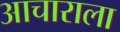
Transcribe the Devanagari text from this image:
आचाराला